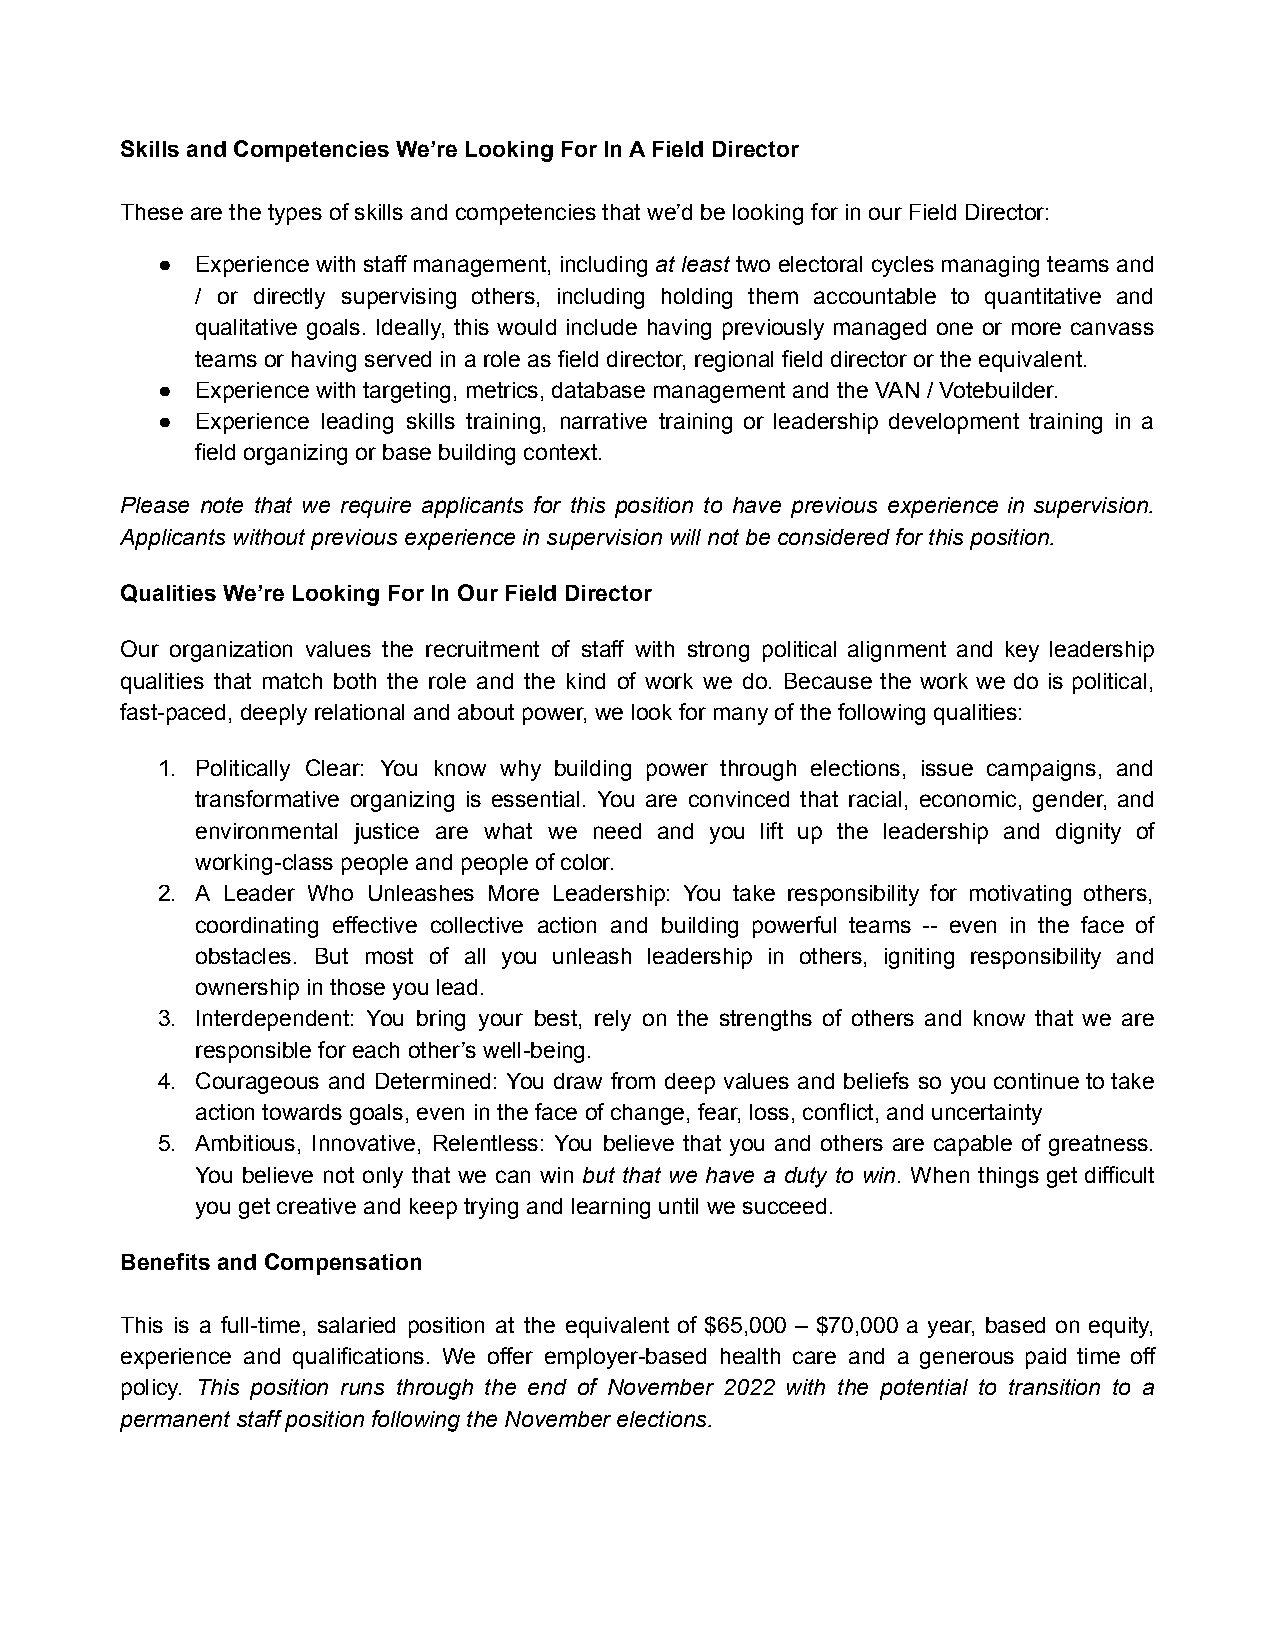
Skills and Competencies We’re Looking For In A Field Director
 These are the types of skills and competencies that we’d be looking for in our Field Director:
 ●  Experience with staff management, including at least two electoral cycles managing teams and
 / or directly supervising others, including holding them accountable to quantitative and
 qualitative goals. Ideally, this would include having previously managed one or more canvass
 teams or having served in a role as field director, regional field director or the equivalent.
 ●  Experience with targeting, metrics, database management and the VAN / Votebuilder.
 ●  Experience leading skills training, narrative training or leadership development training in a
 field organizing or base building context.
 Please note that we require applicants for this position to have previous experience in supervision.
 Applicants without previous experience in supervision will not be considered for this position.
 Qualities We’re Looking For In Our Field Director
 Our organization values the recruitment of staff with strong political alignment and key leadership
 qualities that match both the role and the kind of work we do. Because the work we do is political,
 fast-paced, deeply relational and about power, we look for many of the following qualities:
 1. Politically Clear: You know why building power through elections, issue campaigns, and
 transformative organizing is essential. You are convinced that racial, economic, gender, and
 environmental justice are what we need and you lift up the leadership and dignity of
 working-class people and people of color.
 2. A Leader Who Unleashes More Leadership: You take responsibility for motivating others,
 coordinating effective collective action and building powerful teams -- even in the face of
 obstacles. But most of all you unleash leadership in others, igniting responsibility and
 ownership in those you lead.
 3. Interdependent: You bring your best, rely on the strengths of others and know that we are
 responsible for each other’s well-being.
 4. Courageous and Determined: You draw from deep values and beliefs so you continue to take
 action towards goals, even in the face of change, fear, loss, conflict, and uncertainty
 5. Ambitious, Innovative, Relentless: You believe that you and others are capable of greatness.
 You believe not only that we can win but that we have a duty to win. When things get difficult
 you get creative and keep trying and learning until we succeed.
 Benefits and Compensation
 This is a full-time, salaried position at the equivalent of $65,000 – $70,000 a year, based on equity,
 experience and qualifications. We offer employer-based health care and a generous paid time off
 policy. This position runs through the end of November 2022 with the potential to transition to a
 permanent staff position following the November elections.